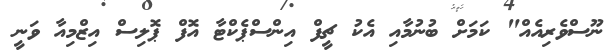
ނޫސްވެރިއެއް" ކަމަށް ބުނުމާއި އެކު ޗީފް އިންސްޕެކްޓާ އޮފް ޕޮލިސް އިޒްމިއާ ވަނީ